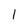
Character: 1